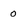
Character: 0